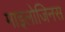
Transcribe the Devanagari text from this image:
माइलोजिनस